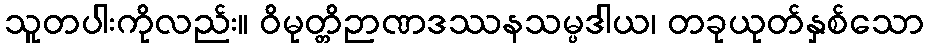
သူတပါးကိုလည်း။ ဝိမုတ္တိဉာဏဒဿနသမ္ပဒါယ၊ တခုယုတ်နှစ်သော